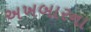
અખબારના